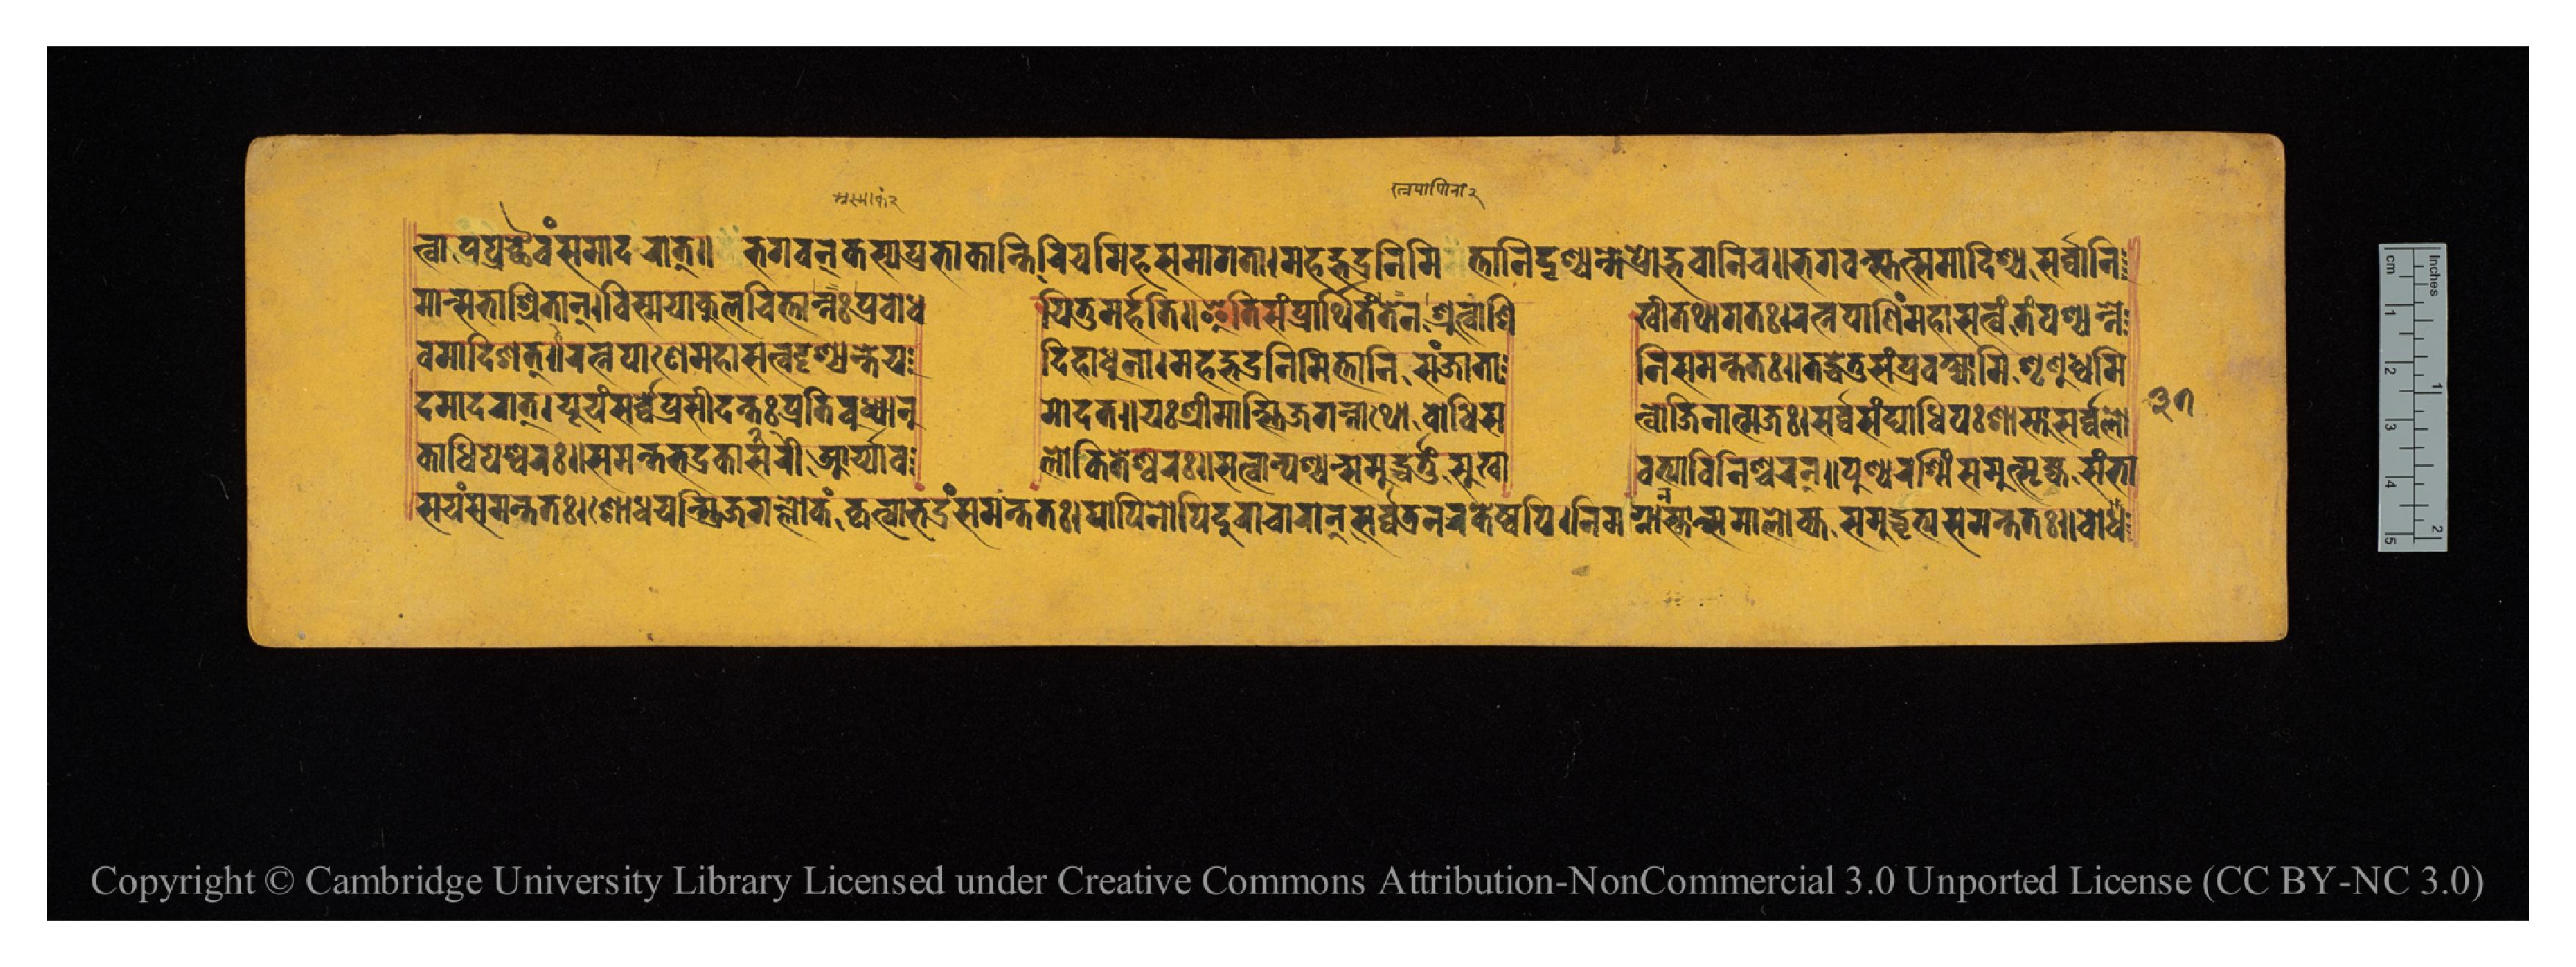
𑐟𑑂𑐰𑐵𑐥𑐥𑑂𑐬𑐔𑑂𑐕𑐿𑐰𑑄𑐳𑐩𑐵𑐡𑐬𑐵𑐟𑑂𑑌𑐨𑐐𑐰𑐣𑑂𑐎𑐳𑑂𑐫𑐥𑑂𑐬𑐨𑐵𑐎𑐵𑐣𑑂𑐟𑐶𑐬𑐶𑐫𑐩𑐶𑐴𑐳𑐩𑐵𑐐𑐟𑐵𑑋𑐩𑐴𑐡𑑂𑐨𑐡𑑂𑐬𑐣𑐶𑐩𑐶𑐟𑑂𑐟𑐵𑐣𑐶𑐡𑐺𑐱𑑂𑐫𑐣𑑂𑐟𑐾𑐥𑑂𑐬𑑀𑐡𑑂𑐨𑐰𑐵𑐣𑐶𑐔𑑌𑐨𑐐𑐰𑐣𑑂𑐳𑑂𑐟𑐟𑑂𑐳𑐩𑐵𑐡𑐶𑐱𑑂𑐫𑐳𑐬𑑂𑐰𑑂𑐰𑐵𑐣𑐶 𑐩𑐵𑐣𑑂𑐳𑐨𑐵𑐱𑑂𑐬𑐶𑐟𑐵𑐣𑑂𑑋𑐰𑐶𑐳𑑂𑐩𑐫𑐵𑐎𑐸𑐮𑐔𑐶𑐟𑑂𑐟𑐵𑐣𑑂𑐟𑑅𑐥𑑂𑐬𑐧𑑀𑐢  𑐫𑐶𑐟𑐸𑐩𑐬𑑂𑐴𑐟𑐶𑑌𑐂𑐟𑐶𑐳𑑄𑐥𑑂𑐬𑐵𑐬𑑂𑐠𑐶𑐟𑑄𑐟𑐾𑐣𑐱𑑂𑐬𑐸𑐟𑑂𑐰𑐵𑐱𑐶  𑐏𑐷𑐟𑐠𑐵𑐐𑐟𑑅𑑋𑐬𑐟𑑂𑐣𑐥𑐵𑐞𑐶𑑄𑐩𑐴𑐵𑐳𑐟𑑂𑐰𑑄𑐟𑑄𑐥𑐱𑑂𑐫𑐣𑑂𑐣𑐾 𑐰𑐩𑐵𑐡𑐶𑐱𑐟𑑂𑑌𑐬𑐟𑑂𑐣𑐥𑐵𑐞𑐾𑐩𑐴𑐵𑐳𑐟𑑂𑐰𑐡𑐺𑐱𑑂𑐫𑐣𑑂𑐟𑐾𑐫   𑐡𑐶𑐴𑐵𑐢𑐸𑐣𑐵𑑋𑐩𑐴𑐡𑑂𑐨𑐡𑑂𑐬𑐣𑐶𑐩𑐶𑐟𑑂𑐟𑐵𑐣𑐶𑐳𑐘𑑂𑐖𑐵𑐟𑐵  𑐣𑐶𑐳𑐩𑐣𑑂𑐟𑐟𑑅𑑌𑐟𑐡𑑂𑐢𑐾𑐟𑐸𑑄𑐳𑑄𑐥𑑂𑐬𑐰𑐎𑑂𑐲𑑂𑐫𑐵𑐩𑐶𑐱𑐺𑐞𑐸𑐢𑑂𑐰𑐩𑐶 𑐡𑐩𑐵𑐡𑐬𑐵𑐟𑑂𑑋𑐫𑐹𑐫𑑄𑐳𑐬𑑂𑐰𑑂𑐰𑐾𑐥𑑂𑐬𑐳𑐷𑐡𑐣𑑂𑐟𑑅𑐥𑑂𑐬𑐟𑐶𑐧𑐸𑐢𑑂𑐫𑐵𑐣𑐸  𑐩𑑀𑐡𑐟𑑌𑐫𑑅𑐱𑑂𑐬𑐷𑐩𑐵𑐘𑑂𑐖𑐐𑐣𑑂𑐣𑐵𑐠𑑀𑐧𑑀𑐢𑐶𑐳  𑐟𑑂𑐰𑑀𑐖𑐶𑐣𑐵𑐟𑑂𑐩𑐖𑑅𑑋𑐳𑐬𑑂𑐰𑑂𑐰𑐳𑑄𑐑𑐵𑐢𑐶𑐥𑑅𑐱𑐵𑐳𑑂𑐟𑐳𑐬𑑂𑐰𑑂𑐰𑐮𑑀 𑐎𑐵𑐢𑐶𑐥𑐾𑐱𑑂𑐰𑐬𑑅𑑌𑐳𑐩𑐣𑑂𑐟𑐨𑐡𑑂𑐬𑐎𑐵𑐬𑐷𑐳𑐁𑐬𑑂𑐫𑐵𑐰  𑐮𑑀𑐎𑐶𑐟𑐾𑐱𑑂𑐰𑐬𑑅𑑌𑐳𑐟𑑂𑐰𑐵𑐣𑑂𑐥𑐱𑑂𑐫𑐣𑑂𑐳𑐩𑐸𑐡𑑂𑐢𑐬𑑂𑐟𑐸𑑄𑐳𑐸𑐏𑐵  𑐰𑐟𑑂𑐫𑐵𑑄𑐰𑐶𑐣𑐶𑐱𑑂𑐔𑐬𑐣𑑂𑑌𑐥𑐸𑐞𑑂𑐫𑐬𑐱𑑂𑐩𑐶𑑄𑐳𑐩𑐸𑐟𑑂𑐳𑐺𑐖𑑂𑐫𑐳𑑄𑐨𑐵 𑐳𑐫𑐣𑑂𑐳𑐩𑐣𑑂𑐟𑐟𑑅𑑋𑐱𑑀𑐢𑐫𑑄𑐳𑑂𑐟𑑂𑐬𑐶𑐖𑐐𑐮𑑂𑐮𑑀𑐎𑑄𑐎𑐺𑐟𑑂𑐰𑐵𑐨𑐡𑑂𑐬𑑄𑐳𑐩𑐣𑑂𑐟𑐟𑑅𑑋𑐥𑐵𑐥𑐶𑐣𑑀𑐥𑐶𑐡𑐸𑐬𑐵𑐔𑐵𑐬𑐵𑐣𑑂𑐳𑐬𑑂𑐰𑑂𑐰𑐟𑑂𑐬𑐣𑐬𑐎𑐾𑐲𑑂𑐰𑐥𑐶𑑋𑐣𑐶𑐩𑐐𑑂𑐣𑐵𑑄𑐳𑑂𑐟𑐵𑐣𑑂𑐳𑐩𑐵𑐮𑑀𑐎𑑂𑐫𑐳𑐩𑐸𑐡𑑂𑐢𑐺𑐟𑑂𑐫𑐳𑐩𑐣𑑂𑐟𑐟𑑌𑐧𑑀𑐢 𑑓𑑗